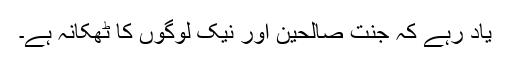
یاد رہے کہ جنت صالحین اور نیک لوگوں کا ٹھکانہ ہے۔